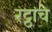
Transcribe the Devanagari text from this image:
रट्ठांचे